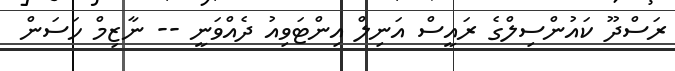
ރަސްދޫ ކައުންސިލްގެ ރައީސް އަނިލް އިންޓަވިއު ދެއްވަނީ -- ނާޒިމް ހަސަން